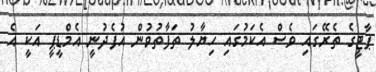
ޕާޓީގެ ތެރޭގައި ވެސް އެކަމުގައި ހިޔާލު ތަފާތުވުން އުފެދުނީ އެމްޑީޕީ އަކީ އެ